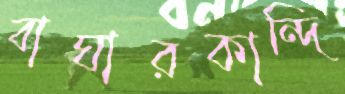
বাঘারকান্দি